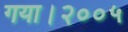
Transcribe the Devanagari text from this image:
गया।२००५